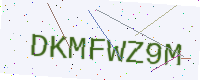
Text: DKMFWZ9M